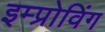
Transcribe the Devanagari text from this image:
इम्प्रोविंग